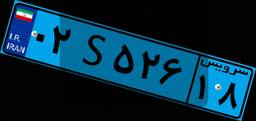
۰۲S۵۲۶۱۸